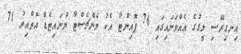
އިނގިރޭސި ލީގުގެ އެއްވަނައިގައި 76 ޕޮއިންޓާ އެކު މެންޗެސްޓާ ޔުނައިޓެޑް އޮތްއިރު 71